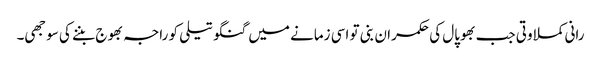
رانی کملا وتی جب بھوپال کی حکمران بنی تو اسی زمانے میں گنگو تیلی کو راجہ بھوج بننے کی سوجھی۔